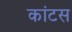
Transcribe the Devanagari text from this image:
कांटस